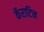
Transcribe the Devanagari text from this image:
कॅराटिन